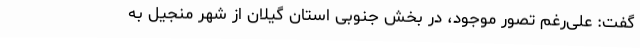
گفت: علی‌رغم تصور موجود، در بخش جنوبی استان گیلان از شهر منجیل به